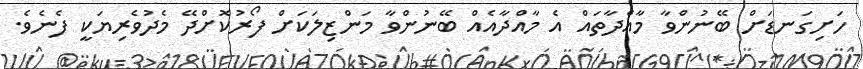
ހަށިގަނޑަށް ބޭނުންވާ މާއްދާތައް އެ މާއްދާއެއް ބޭނުންވާ މަންޒިލަކަށް ފޯރުކޮށްދޭ މެދުވެރިޔަކީ ފެނެވެ.